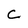
Character: C